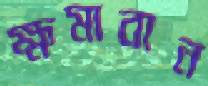
ক্ষমাবান